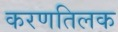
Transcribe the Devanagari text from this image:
करणतिलक